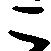
こ